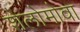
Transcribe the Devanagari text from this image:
शेलोमोवा